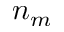
n _ { m }